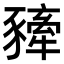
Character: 𧲀